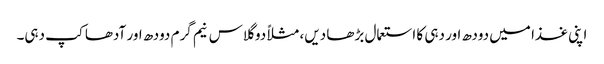
اپنی غذا میں دودھ اور دہی کا استعمال بڑھا دیں، مثلاً دو گلاس نیم گرم دودھ اور آدھا کپ دہی۔